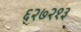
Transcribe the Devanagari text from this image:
६२७२१३